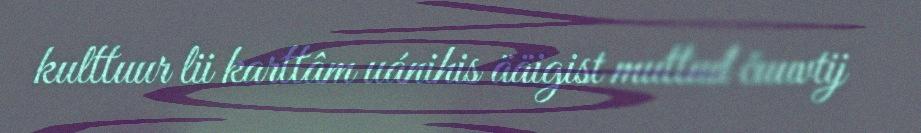
kulttuur lii karttâm uánihis ääigist muttuđ čuuvtij